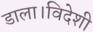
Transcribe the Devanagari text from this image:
डाला।विदेशी